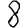
Digit: 8